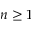
n \geq 1